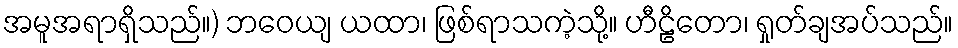
အမူအရာရှိသည်။) ဘဝေယျ ယထာ၊ ဖြစ်ရာသကဲ့သို့။ ဟီဠိတော၊ ရှုတ်ချအပ်သည်။